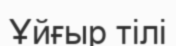
Ұйғыр тілі